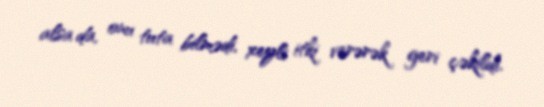
alsa da, onu tuta bilmədi, xeyli itki verərək geri çəkildi.